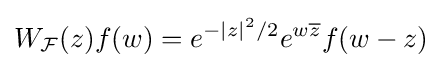
W_{\mathcal {F}}(z)f(w)=e^{-|z|^{2}/2}e^{w{\overline {z}}}f(w-z)